Calcutta medical institutions reports 1892-1900
Year: 1892
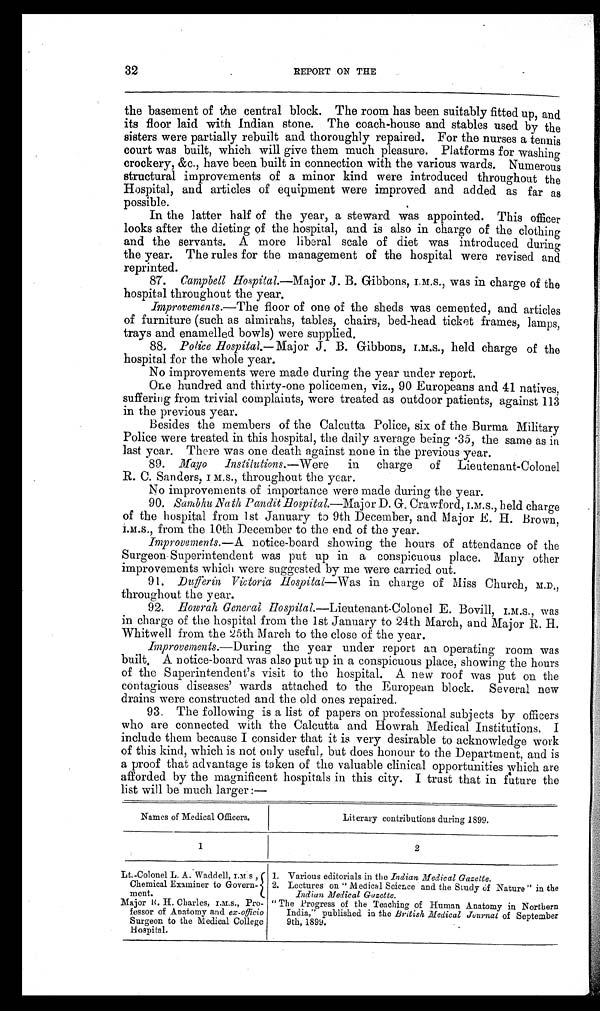
32
REPORT ON THE
the basement of the central block. The room has been suitably fitted up, and
its floor laid with Indian stone. The coach-house and stables used by the
sisters were partially rebuilt and thoroughly repaired. For the nurses a tennis
court was built, which will give them much pleasure. Platforms for washing
crockery, &c., have been built in connection with the various wards. Numerous
structural improvements of a minor kind were introduced throughout the
Hospital, and articles of equipment were improve and added as far as
possible.
In the latter half of the year, a steward was appointed. This officer
looks after the dieting of the hospital, and is also in charge of the clothing
and the servants. A more liberal scale of diet was introduced during
the year. The rules for the management of the hospital were revised and
reprinted.
87. Campbell Hospital.—Major J. B. Gibbons, I. M. S., was in charge of the
hospital throughout the year.
Improvements.— The floor of one of the sheds was cemented, and articles
of furniture (such as almirahs, tables, chairs, bed-head ticket frames, lamps,
trays and enamelled bowls) were supplied.
88. Police Hospital. —Major J. B. Gibbons, I. M. S., held charge of the
hospital for the whole year.
No improvements were made during the year under report.
One hundred and thirty-one policemen, viz., 90 Europeans and 41 natives,
suffering from trivial complaints, were treated as outdoor patients, against 113
in the previous year.
Besides the members of the Calcutta Police, six of the Burma Military
Police were treated in this hospital, the daily average being .35, the same as in
last year. There was one death against none in the previous year.
89. Mayo Institutions. —Were
in charge of Lieutenant-Colonel
R. C. Sanders, I. M. S., throughout the year.
No improvements of importance were made during the year.
90. Sambhu ath Pandit Hospital.—Major D. G. Crawford, I. M. S., held charge
of the hospital from 1st January to 9th December, and Major R. H. Brown,
I. M. S., from the 10th December to the end of the year.
Improvements .— A notice-board showing the hours of attendance of the
Surgeon Superintendent was put up in a conspicuous place. Many other
improvements which were suggested by me were carried out.
91.
Dufferin Victoria Hospital— Was in charge of Miss Church, M.D.,
throughout the year.
92.
Howrah General Hospital. —Lieutenant-Colonel E. Bovill,I . M . S .
, w a s
in charge of the hospital from the 1st January to 24th March, and Major R. H.
Whitwell from the 25th March to the close of the year.
Improvements.—During the year under report an operating room was
build A notice-board was also put up in a conspicuous place, showing the hours
of the Superintendent's visit to the hospital. A new roof was put on the
contagious diseases' wards attached to the European block. Several new
drains were constructed and the old ones repaired.
93. The following is a list of papers on professional subjects by officers
who are connected with the Calcutta and Hoorah Medical Institutions. I
include them because I consider that it is very desirable to acknowledge work
of this kind, which is not only useful, but does honour to the Department, and is
a proof that advantage is taken of the valuable clinical opportunities which are
afforded by the magnificent hospitals in this city. I trust that in future the
list will be much larger:―
Names of Medical Officers.
Literary contributions during 1899.
1
2
Lt.-Colonel L. A. Waddell, I. M. S,
1. Various editorials in the Indian Medical Gazette.
Chemical Examiner to Govern-
2. Lectures on " Medical Science and the Study Of Nature" in the
ment.
Indian Medical Gazette.
Major R. H. Charles, I. M. S., Pro- "The Progress of the Teaching of Human Anatomy in Northern
fessor of Anatomy and ex-officio
India," published in the British, Medical Journal of September
Surgeon to the Medical College
9th, 1899.
Hospital.